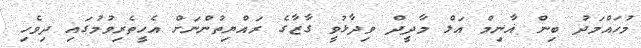
މުހައްމަދު ބިން ޣާނިމް އަލް މާދީދް ވިދާޅުވީ ގާޒާގެ ރައްޔިތުންނަށް އެހީތެރިވުމުގައި ދިވެހި